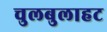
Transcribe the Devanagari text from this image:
चुलबुलाहट